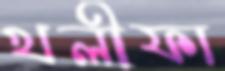
খলীফা